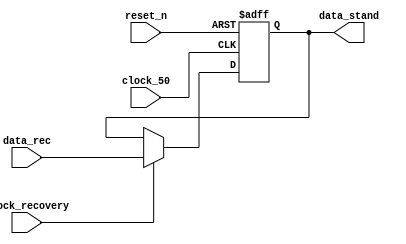
module write_axi(
		 input clock_recovery,
		 input clock_50,
		 input reset_n,
		 input [13:0] data_rec,
		 output reg [13:0] data_stand	
		);


always@(posedge clock_50 or negedge reset_n )
begin

	if(!reset_n)
	begin
		data_stand <= 14'd0;
	end
	else
	begin
		if(clock_recovery)
			data_stand <= data_rec;
		else
			data_stand <= data_stand;
	end
end

endmodule